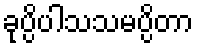
ခုပ္ပိပါသသမပ္ပိတာ